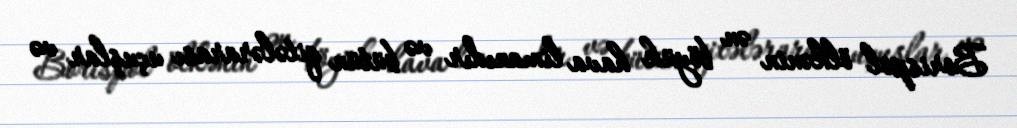
Borispol ölkənin ən böyük hava limanıdır və bütün qitələrarası uçuşlar və